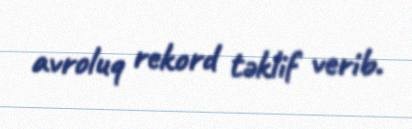
avroluq rekord təklif verib.